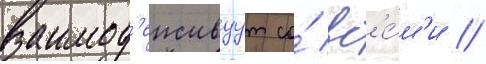
взаимод'еиствуут со́ вс'е́м'и /